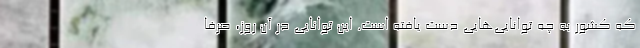
که کشور به چه توانایی‌هایی دست یافته است. این توانایی در آن روز، صِرفا